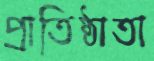
প্রাতিষ্ঠাতা